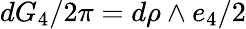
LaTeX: dG_{4}/{2\pi}=d\rho\land e_{4}/2